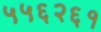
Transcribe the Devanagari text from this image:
५५६२६१